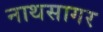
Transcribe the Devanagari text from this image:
नाथसागर